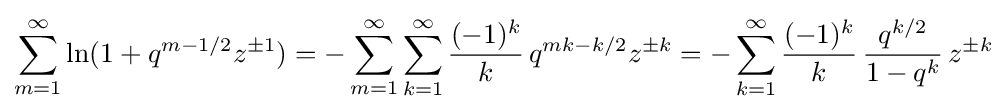
\sum _{m=1}^{\infty }\ln(1+q^{m-1/2}z^{\pm 1})=-\sum _{m=1}^{\infty }\sum _{k=1}^{\infty }{\frac {(-1)^{k}}{k}}\,q^{mk-k/2}z^{\pm k}=-\sum _{k=1}^{\infty }{\frac {(-1)^{k}}{k}}\,{\frac {q^{k/2}}{1-q^{k}}}\,z^{\pm k}